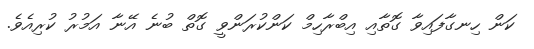
ކަން ހިނގާފައިވާ ގޮތާއި އިބްރާހިމް ކަންކުރަންވީ ގޮތް ބުނެ އޭނާ އަމުރު ކުރިއެވެ.